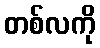
တစ်လကို